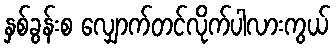
နှစ်ခွန်းစ လျှောက်တင်လိုက်ပါလားကွယ်